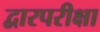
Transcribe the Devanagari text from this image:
द्वारपरीक्षा